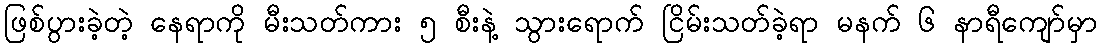
ဖြစ်ပွားခဲ့တဲ့ နေရာကို မီးသတ်ကား ၅ စီးနဲ့ သွားရောက် ငြိမ်းသတ်ခဲ့ရာ မနက် ၆ နာရီကျော်မှာ